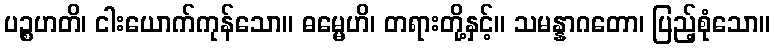
ပဉ္စဟတိ၊ ငါးယောက်ကုန်သော။ ဓမ္မေဟိ၊ တရားတို့နှင့်။ သမန္နာဂတော၊ ပြည့်စုံသော။